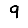
Digit: 9